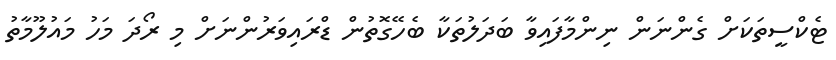
ޓެކްސީތަކަށް ގެންނަން ނިންމާފައިވާ ބަދަލުތަކާ ބެހޭގޮތުން ޑްރައިވަރުންނަށް މި ރޯދަ މަހު މައުލޫމާތު